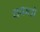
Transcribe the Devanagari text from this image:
चकतों